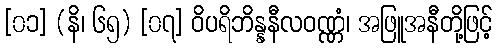
[၀၁] (နိ၊ ၆၅) [၀၇] ဝိပရိဘိန္နနီလဝဏ္ဏံ၊ အဖြူအနီတို့ဖြင့်